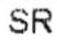
SR